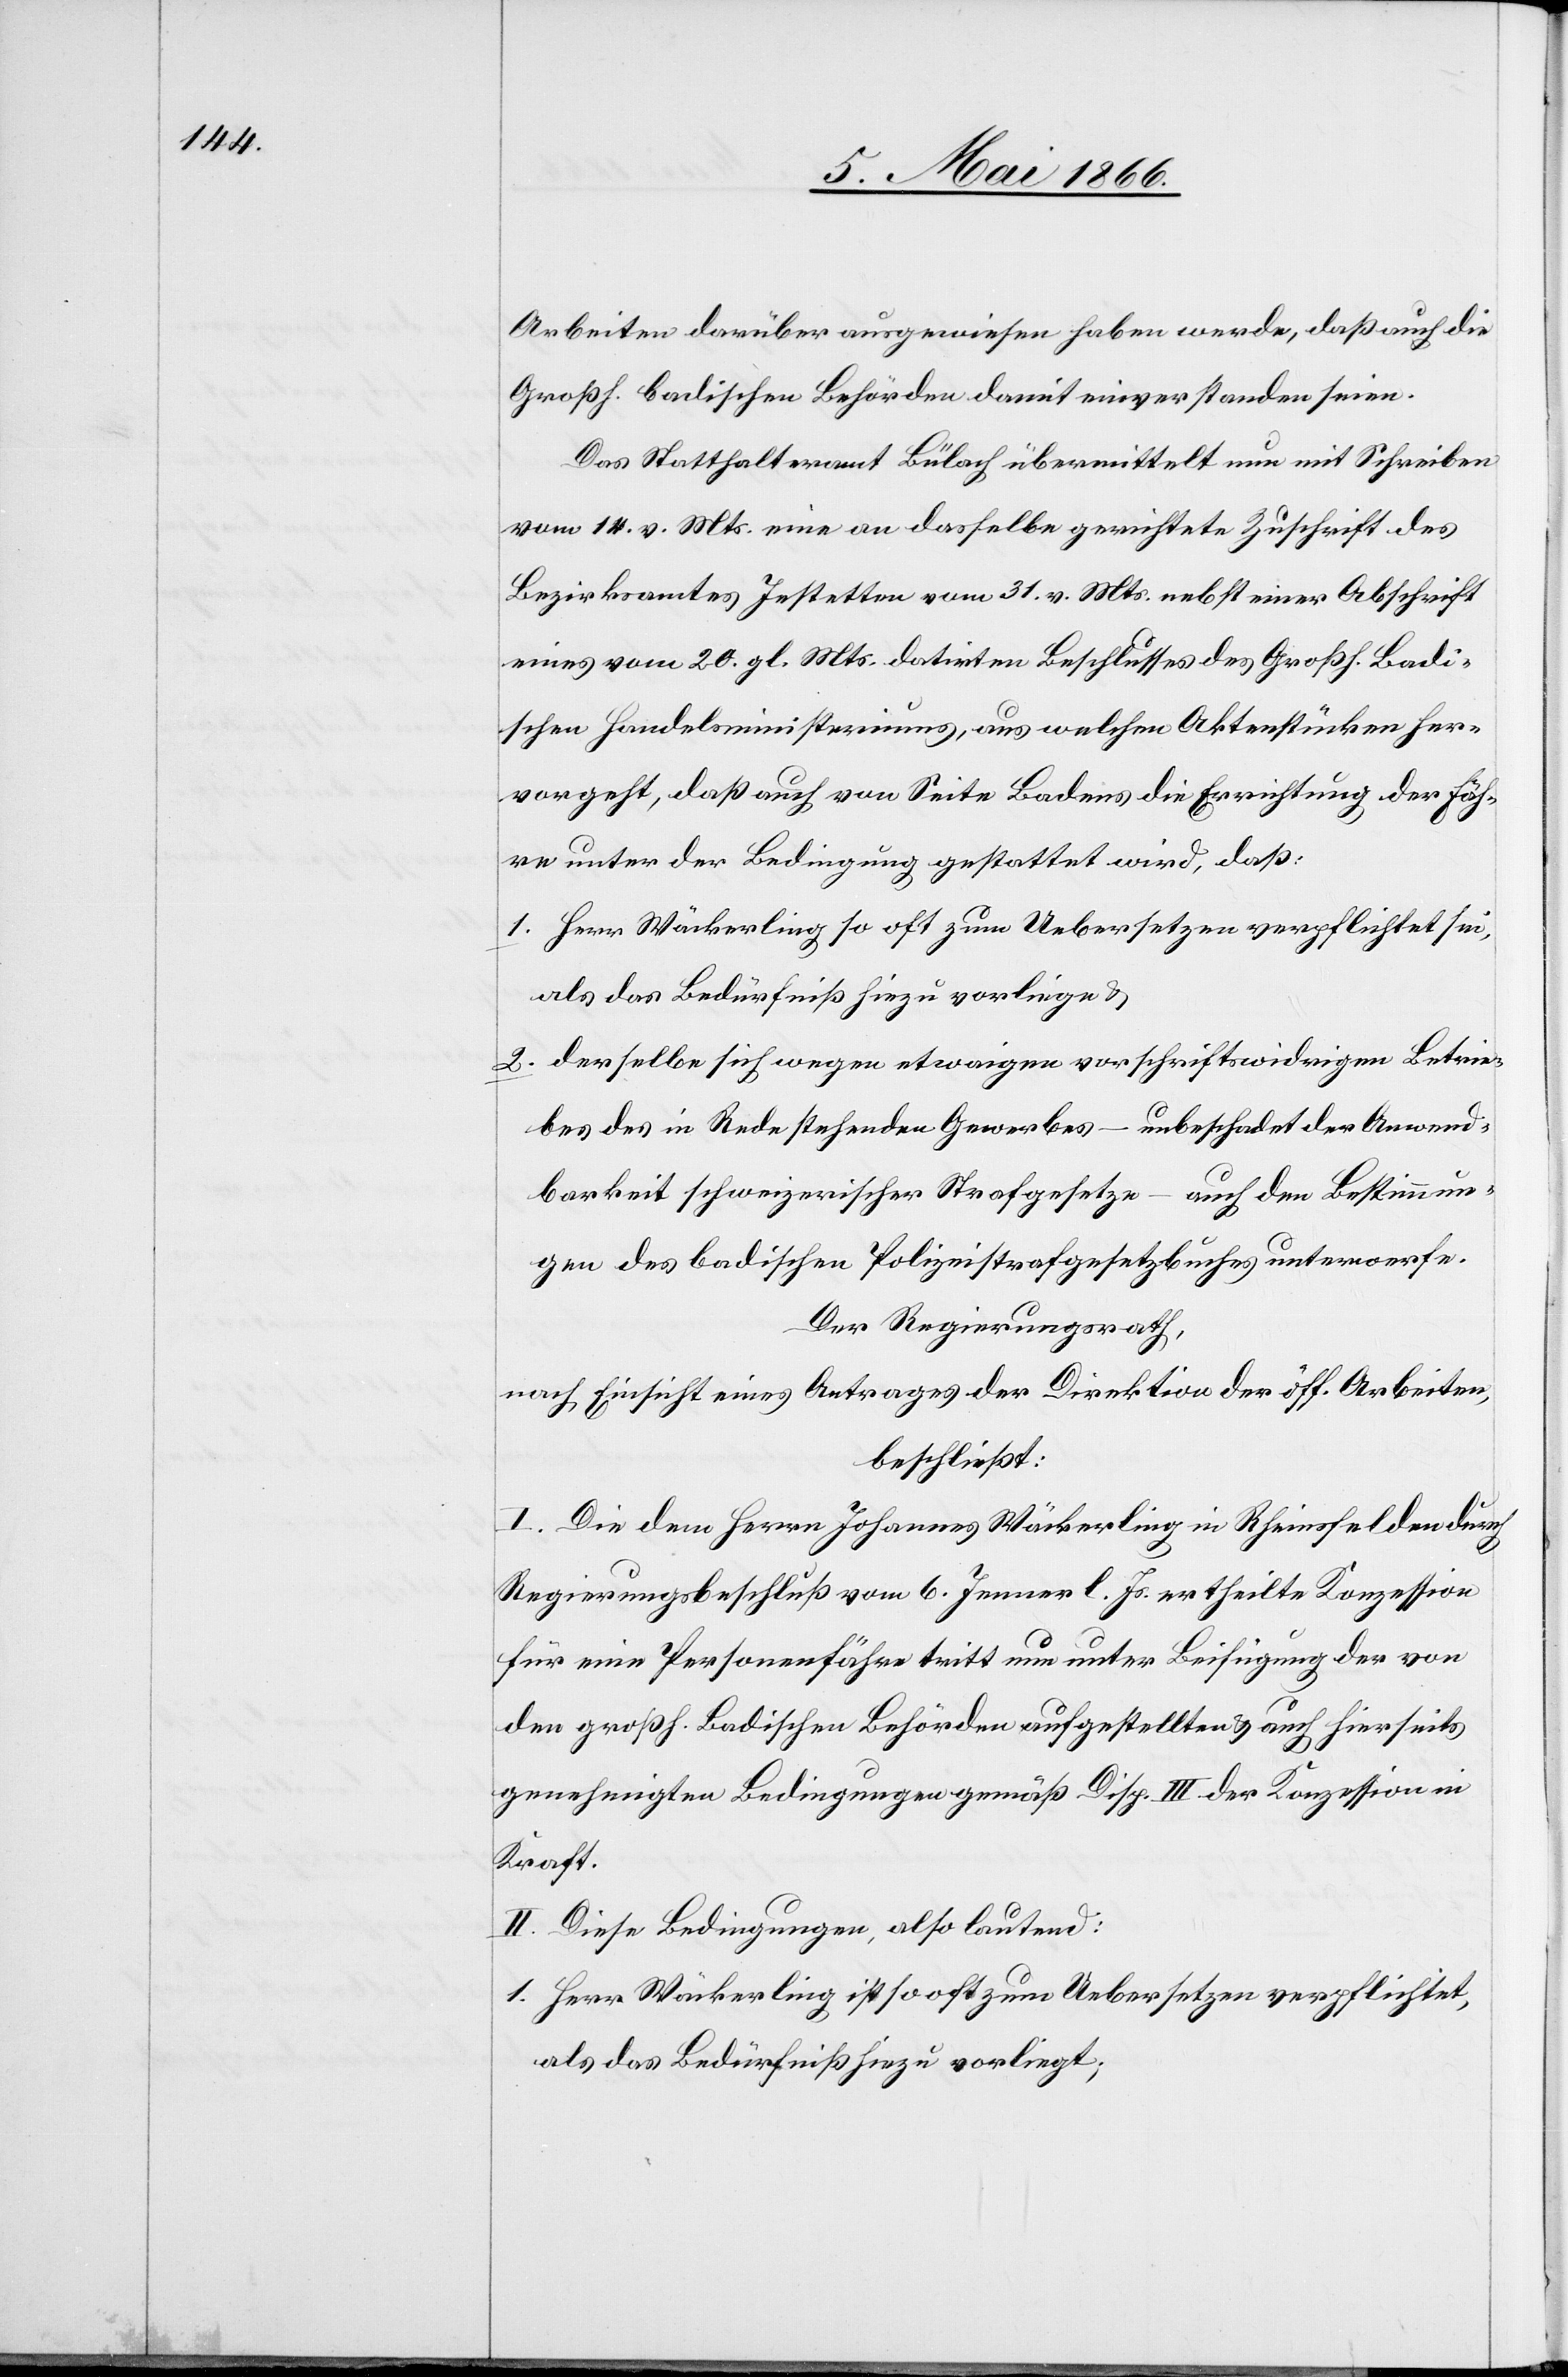
Arbeiten darüber ausgewiesen haben werde, daß auch die
Großh. badischen Behörden damit einverstanden seien.
Das Statthalteramt Bülach übermittelt nun mit Schreiben
vom 14. v. Mts. eine an dasselbe gerichtete Zuschrift des
Bezirksamtes Jestetten vom 31. v. Mts. nebst einer Abschrift
eines vom 20. gl. Mts. datirten Beschlusses des Großh. Badi¬
schen Handelsministeriums, aus welchem Aktenstücken her¬
vorgeht, daß auch von Seite Badens die Errichtung der Fäh¬
re unter der Bedingung gestattet wird, daß:
1. Herr Mäckerling so oft zum Uebersetzen verpflichtet sei,
als das Bedürfniß hiezu vorliege u.
2. derselbe sich wegen etwaiger vorschriftswidrigen Betrie¬
bes des in Rede stehenden Gewerbes – unbeschadet der Anwend¬
barkeit schweizerischer Strafgesetze – auch den Bestimmun¬
gen des badischen Polizeistrafgesetzes unterwerfe.
Der Regierungsrath,
nach Einsicht eines Antrages der Direktion der öff. Arbeiten,
beschließt:
I. Die dem Herrn Johannes Mäckerling in Rheinsfelden durch
Regierungsbeschluß vom 6. Jenner l. Js. ertheilte Konzession
für eine Personenfähre tritt nur unter Beifügung der von
den großh. Badischen Behörden aufgestellten u. auch hierseits
genehmigten Bedingungen gemäß Disp. III der Konzession in
Kraft.
II. Diese Bedingungen, also lautend:
1. Herr Mäckerling ist so oft zum Uebersetzen verpflichtet,
als das Bedürfniß hiezu vorliegt;